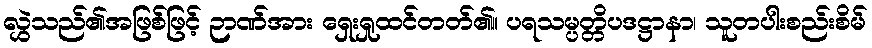
လွှဲသည်၏အဖြစ်ဖြင့် ဉာဏ်အား ရှေးရှုထင်တတ်၏။ ပရသမ္ပတ္တိပဒဋ္ဌာနာ၊ သူတပါးစည်းစိမ်